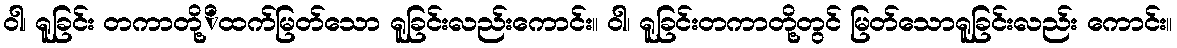
ဝါ၊ ရူခြင်း တကာတို့ိထက်မြတ်သော ရူခြင်းလည်းကောင်း။ ဝါ၊ ရူခြင်းတကာတို့တွင် မြတ်သောရူခြင်းလည်း ကောင်း။